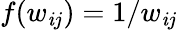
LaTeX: f(w_{\mathit{i}j})=1/w_{\mathit{i}j}